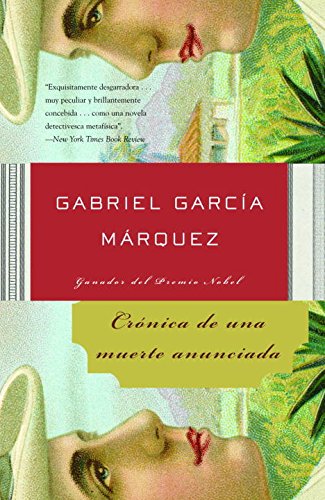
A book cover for CrÃ³nica de una muerte anunciada (Spanish Edition); Gabriel GarcÃ­a MÃ¡rquez; Literature & Fiction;